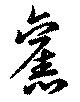
舊